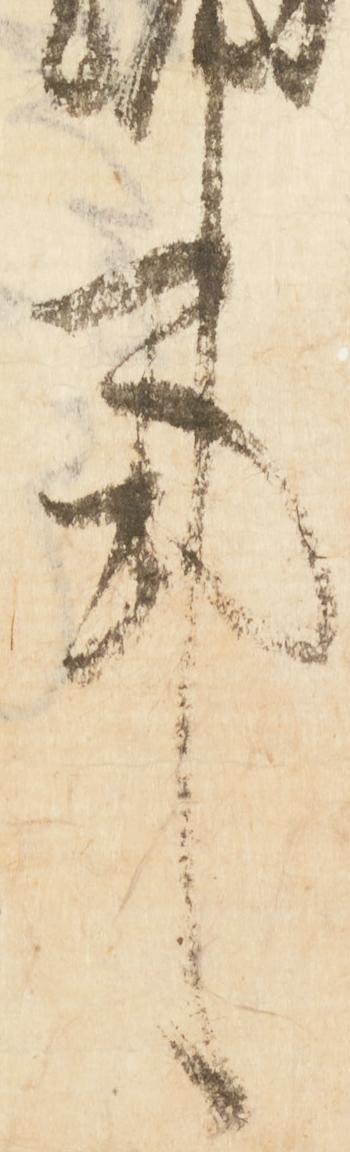
事